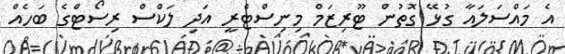
އެ މައްސަލައާ ގުޅޭ ގޮތުން ޓޫރިޒަމް މިނިސްޓްރީ އަދި ލަކްސް ރިސޯޓްގެ ބަހެއް